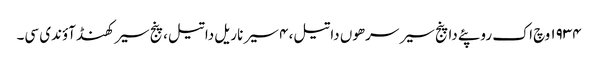
١٩٣٤ وچ اک روپئے دا پنج سیر سرھوں دا تیل، ٤ سیر ناریل دا تیل، پنج سیر کھنڈ آؤندی سی۔